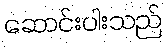
ဆောင်းပါးသည်